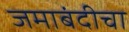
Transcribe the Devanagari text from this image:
जमाबंदीचा